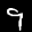
Label: 9